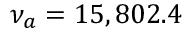
\nu _ { a } = 1 5 , 8 0 2 . 4